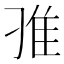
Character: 𨾆